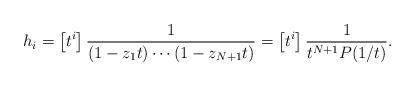
LaTeX: \begin{align*}h_i&=\left[t^i\right]\frac{1}{(1-z_1t)\cdots (1-z_{N+1}t)}= \left[t^i\right]\frac{1}{t^{N+1}P(1/t)}.\end{align*}